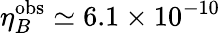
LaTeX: \eta_{B}^{\mathrm{obs}}\simeq 6.1\times 10^{-10}